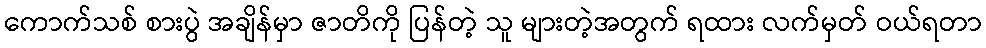
ကောက်သစ် စားပွဲ အချိန်မှာ ဇာတိကို ပြန်တဲ့ သူ များတဲ့အတွက် ရထား လက်မှတ် ဝယ်ရတာ